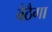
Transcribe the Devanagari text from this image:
बैठैगा